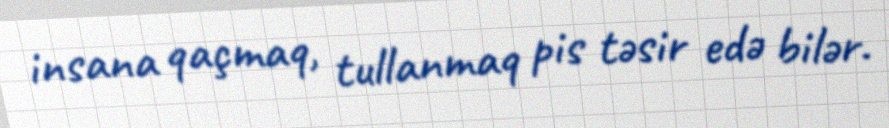
insana qaçmaq, tullanmaq pis təsir edə bilər.